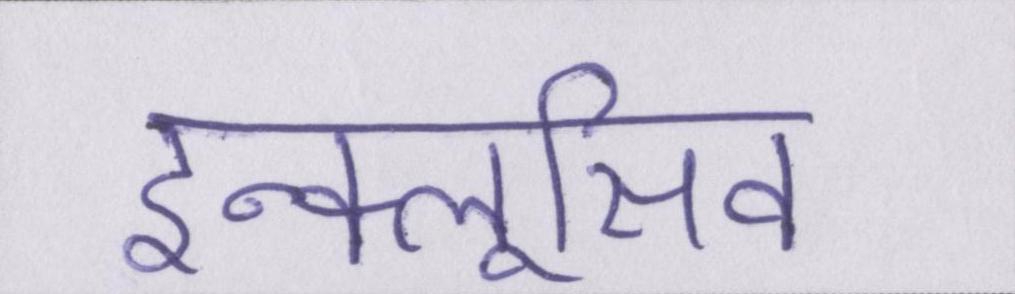
इन्क्लूसिव